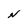
Character: N